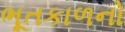
ભૂતકાળનો